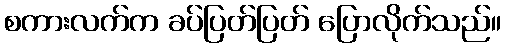
စကားလက်က ခပ်ပြတ်ပြတ် ပြောလိုက်သည်။